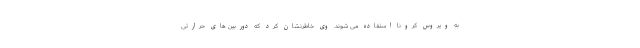
به ویروس کرونا استفاده می شوند. وی خاطرنشان کرد که دوربین های حرارتی